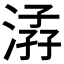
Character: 𣹏